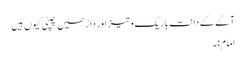
آگے کے دانت باریک و تیز اور داڑھیں چپٹی کیوں ہیں
امام:۔